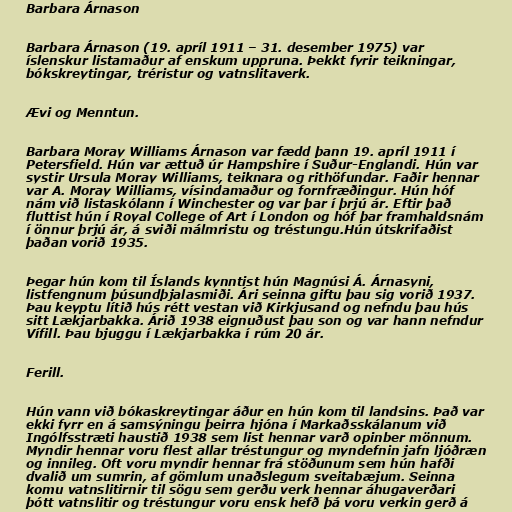
Barbara Árnason

Barbara Árnason (19. apríl 1911 – 31. desember 1975) var
íslenskur listamaður af enskum uppruna. Þekkt fyrir teikningar,
bókskreytingar, tréristur og vatnslitaverk.

Ævi og Menntun.

Barbara Moray Williams Árnason var fædd þann 19. apríl 1911 í
Petersfield. Hún var ættuð úr Hampshire í Suður-Englandi. Hún var
systir Ursula Moray Williams, teiknara og rithöfundar. Faðir hennar
var A. Moray Williams, vísindamaður og fornfræðingur. Hún hóf
nám við listaskólann í Winchester og var þar í þrjú ár. Eftir það
fluttist hún í Royal College of Art í London og hóf þar framhaldsnám
í önnur þrjú ár, á sviði málmristu og tréstungu.Hún útskrifaðist
þaðan vorið 1935.

Þegar hún kom til Íslands kynntist hún Magnúsi Á. Árnasyni,
listfengnum þúsundþjalasmiði. Ári seinna giftu þau sig vorið 1937.
Þau keyptu lítið hús rétt vestan við Kirkjusand og nefndu þau hús
sitt Lækjarbakka. Árið 1938 eignuðust þau son og var hann nefndur
Vífill. Þau bjuggu í Lækjarbakka í rúm 20 ár.

Ferill.

Hún vann við bókaskreytingar áður en hún kom til landsins. Það var
ekki fyrr en á samsýningu þeirra hjóna í Markaðsskálanum við
Ingólfsstræti haustið 1938 sem list hennar varð opinber mönnum.
Myndir hennar voru flest allar tréstungur og myndefnin jafn ljóðræn
og innileg. Oft voru myndir hennar frá stöðunum sem hún hafði
dvalið um sumrin, af gömlum unaðslegum sveitabæjum. Seinna
komu vatnslitirnir til sögu sem gerðu verk hennar áhugaverðari
þótt vatnslitir og tréstungur voru ensk hefð þá voru verkin gerð á